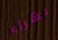
بهراء